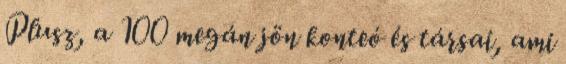
Plusz, a 100 megán jön konteó és társai, ami